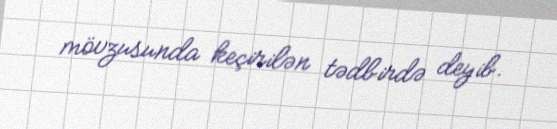
mövzusunda keçirilən tədbirdə deyib.